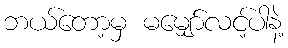
ဘယ်တော့မှ မမျှော်လင့်ပါနဲ့